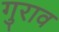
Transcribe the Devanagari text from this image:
गुराव